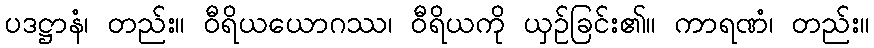
ပဒဋ္ဌာနံ၊ တည်း။ ဝီရိယယောဂဿ၊ ဝီရိယကို ယှဉ်ခြင်း၏။ ကာရဏံ၊ တည်း။